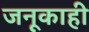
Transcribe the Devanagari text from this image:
जनूकाही